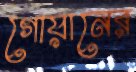
গোয়ানের